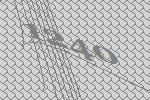
1240